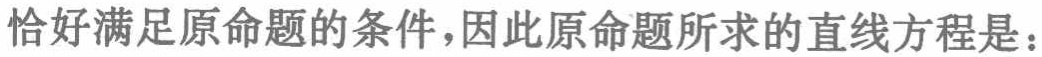
恰好满足原命题的条件，因此原命题所求的直线方程是：